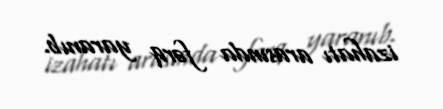
izahatı arasında fərq yaranıb.